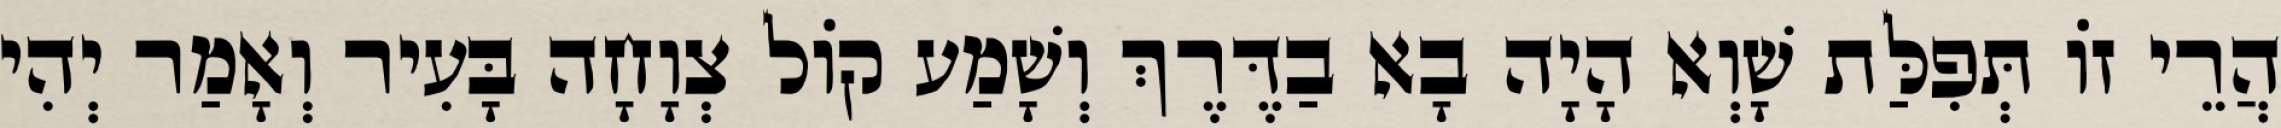
הֲרֵי זוֹ תְּפִלַּת שָׁוְא הָיָה בָא בַדֶּרֶךְ וְשָׁמַע קוֹל צְוָחָה בָּעִיר וְאָמַר יְהִי